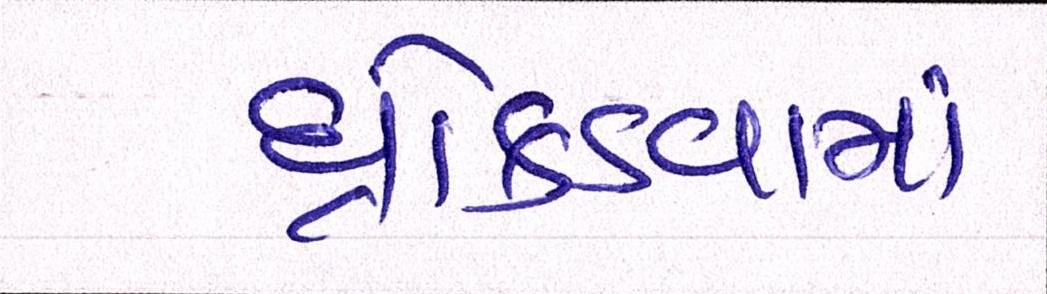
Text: ધ્રોકડવામાં